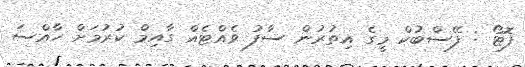
ފޮޓޯ : ފޭސްބުކް މީގެ އިތުރުން ސާފު ވެއްޓެއް ގާއިމް ކުރުމަށް ހާއްސަ